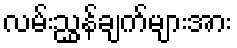
လမ်းညွှန်ချက်များအား